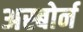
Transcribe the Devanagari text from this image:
अस्बोर्न